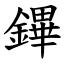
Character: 鏎